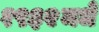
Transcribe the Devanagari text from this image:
१९३२मधे